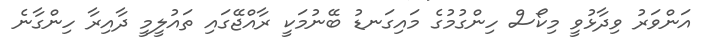
އަންވަރު ވިދާޅުވީ މިކޯސް ހިންގުމުގެ މައިގަނޑު ބޭނުމަކީ ރާއްޖޭގައި ތައުލީމީ ދާއިރާ ހިންގާނެ